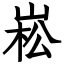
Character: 崧